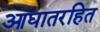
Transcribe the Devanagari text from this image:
आघातरहित